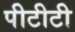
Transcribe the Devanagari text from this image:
पीटीटी